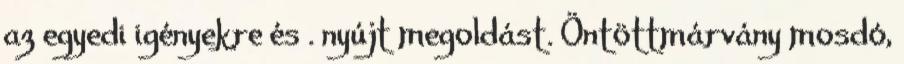
az egyedi igényekre és . nyújt megoldást. Öntöttmárvány mosdó,